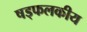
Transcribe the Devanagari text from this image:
षड्फलकीय